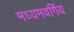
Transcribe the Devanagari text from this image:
मध्यमवर्गिय